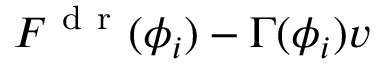
F ^ { \mathrm { ~ d ~ r ~ } } ( \phi _ { i } ) - \Gamma ( \phi _ { i } ) v